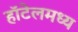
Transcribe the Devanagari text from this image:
हॉटेलमध्य